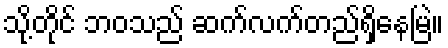
သို့တိုင် ဘဝသည် ဆက်လက်တည်ရှိနေမြဲ။